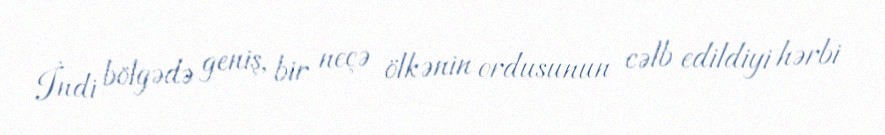
İndi bölgədə geniş, bir neçə ölkənin ordusunun cəlb edildiyi hərbi